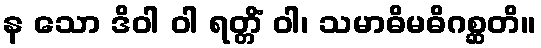
န သော ဒိဝါ ဝါ ရတ္တိံ ဝါ၊ သမာဓိမဓိဂစ္ဆတိ။